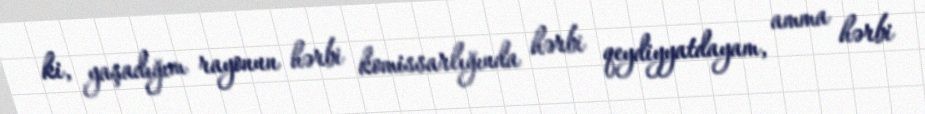
ki, yaşadığım rayonun hərbi komissarlığında hərbi qeydiyyatdayam, amma hərbi